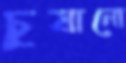
চুষানো